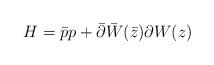
LaTeX: \begin{align*}H=\bar{p}p+\bar{\partial}\bar{W}(\bar{z})\partial W(z)\end{align*}